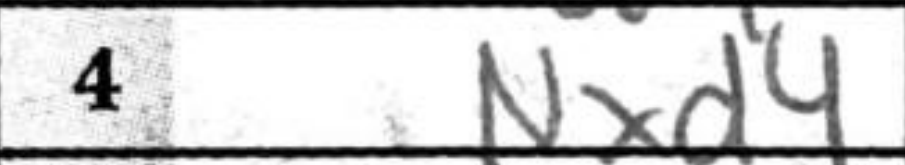
Transcription: Nxd4